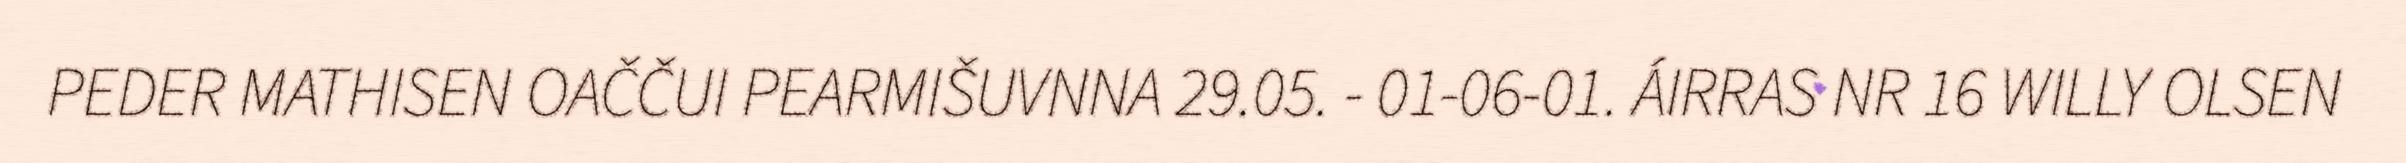
PEDER MATHISEN OAČČUI PEARMIŠUVNNA 29.05. - 01-06-01. ÁIRRAS NR 16 WILLY OLSEN